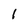
Character: I